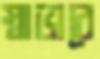
স্বাভাবে